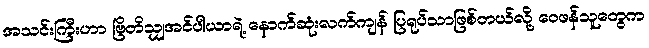
အသင်းကြီးဟာ ဗြိတိသျှအင်ပါယာရဲ့ နောက်ဆုံးလက်ကျန် ပြရုပ်သာဖြစ်တယ်လို့ ဝေဖန်သူတွေက